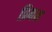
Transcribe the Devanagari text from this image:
प्रिमम